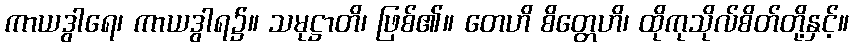
ကာယဒွါရေ၊ ကာယဒွါရ၌။ သမုဋ္ဌာတိ၊ ဖြစ်၏။ တေဟိ စိတ္တေဟိ၊ ထိုကုသိုလ်စိတ်တို့နှင့်။